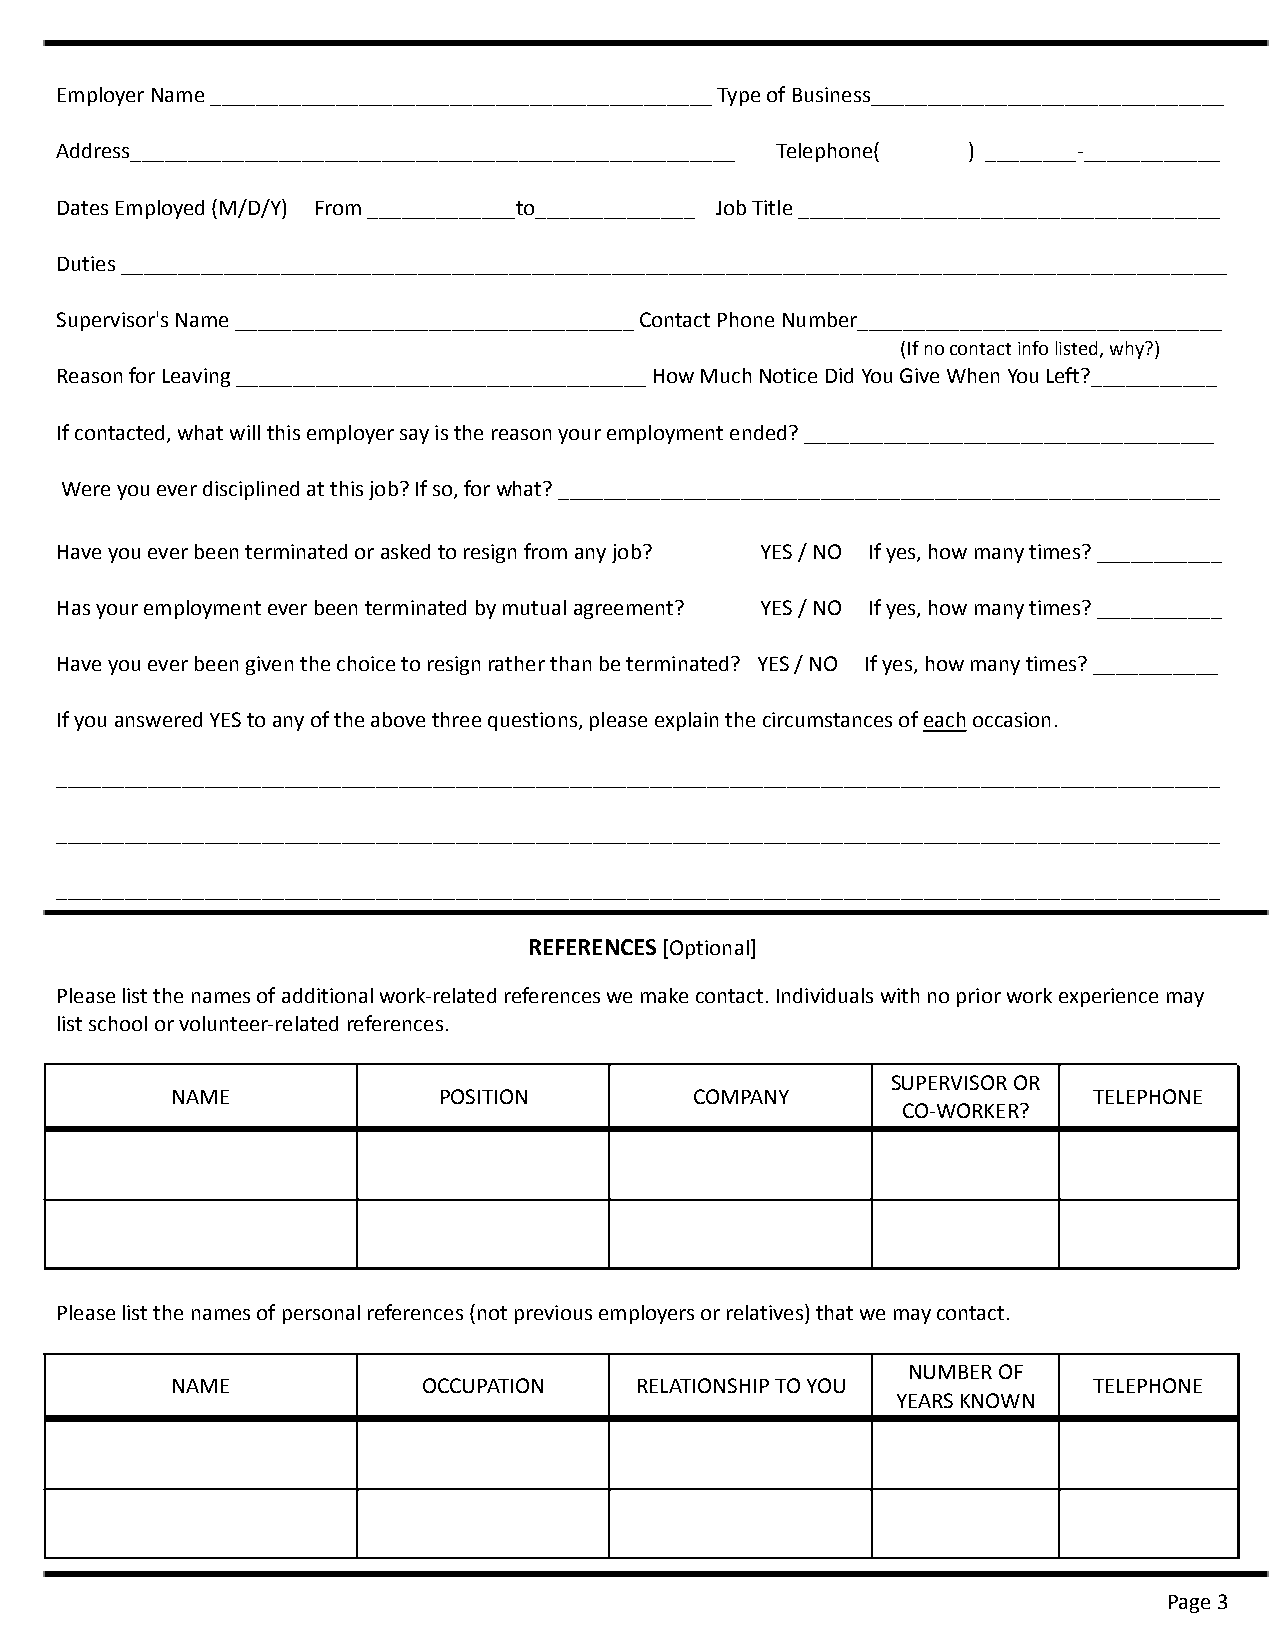
Employer Name ____________________________________________ Type of Business_______________________________
 Address_____________________________________________________ Telephone( ) ________-____________
 Dates Employed (M/D/Y) From _____________to______________ Job Title _____________________________________
 Duties _________________________________________________________________________________________________
 Supervisor's Name ___________________________________ Contact Phone Number________________________________
 (If no contact info listed, why?)
 Reason for Leaving ____________________________________ How Much Notice Did You Give When You Left?___________
 If contacted, what will this employer say is the reason your employment ended? ____________________________________
 Were you ever disciplined at this job? If so, for what? __________________________________________________________
 Have you ever been terminated or asked to resign from any job? YES / NO If yes, how many times? ___________
 Has your employment ever been terminated by mutual agreement? YES / NO If yes, how many times? ___________
 Have you ever been given the choice to resign rather than be terminated? YES / NO If yes, how many times? ___________
 If you answered YES to any of the above three questions, please explain the circumstances of each occasion.
 ______________________________________________________________________________________________________
 ______________________________________________________________________________________________________
 ______________________________________________________________________________________________________
 REFERENCES [Optional]
 Please list the names of additional work-related references we make contact. Individuals with no prior work experience may
 list school or volunteer-related references.
 SUPERVISOR OR
 NAME              POSITION         COMPANY                   TELEPHONE
 CO-WORKER?
 Please list the names of personal references (not previous employers or relatives) that we may contact.
 NUMBER OF
 NAME             OCCUPATION    RELATIONSHIP TO YOU           TELEPHONE
 YEARS KNOWN
 Page 3